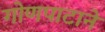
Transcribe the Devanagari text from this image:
गोणपाटाने